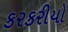
કરકરીયો